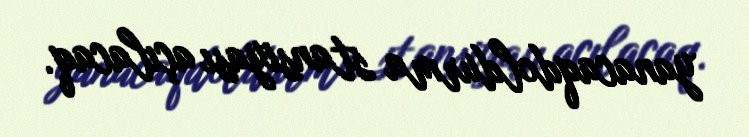
yanacaqdoldurma stansiyası açılacaq.